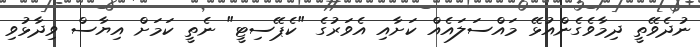
ނުދެވޭތީ ދިމާވެގެންއުޅޭ މައްސަލައެއް ކަަށާއި އެވަރުގެ "ކެޕޭސިޓީ" ނެތީ ކަމަށް އިޔާސް ވިދާޅުވި